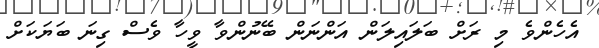
އެހެންވެ މި ރަށް ބަލައިލަން އަންނަން ބޭނުންވާ ވީހާ ވެސް ގިނަ ބަޔަކަށް